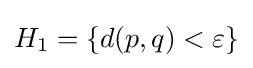
H_{1}=\{d(p,q)<\varepsilon \}